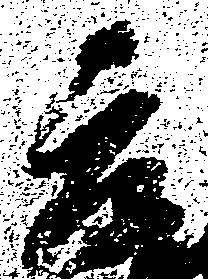
元